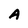
Character: A